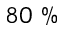
8 0 ~ \%